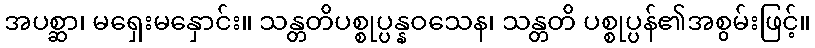
အပစ္ဆာ၊ မရှေးမနှောင်း။ သန္တတိပစ္စုပ္ပန္နဝသေန၊ သန္တတိ ပစ္စုပ္ပန်၏အစွမ်းဖြင့်။